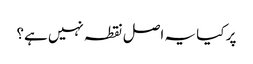
پر کیا یہ اصل نقطہ نہیں ہے؟